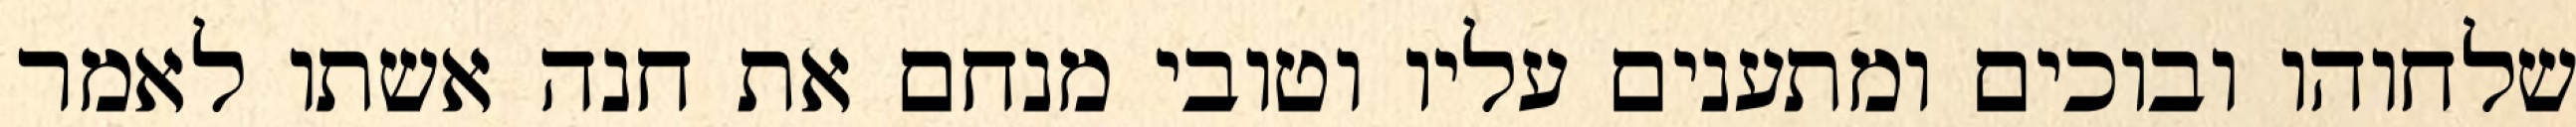
שלחוהו ובוכים ומתענים עליו וטובי מנחם את חנה אשתו לאמר